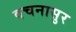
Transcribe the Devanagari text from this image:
वचनासुर